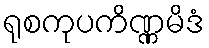
ရုစကုပကိဏ္ဏမိဒံ